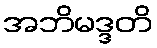
အဘိမဒ္ဒတိ